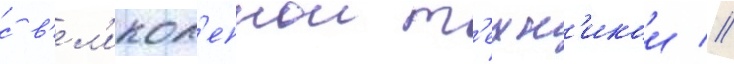
с в'ел'икол'епнои т'ехн'икои //